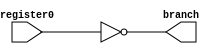
module branch_logic (input [7:0] register0, output branch);

assign branch=(register0==8'b0);

endmodule